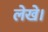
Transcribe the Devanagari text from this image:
लेखे।